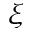
\xi